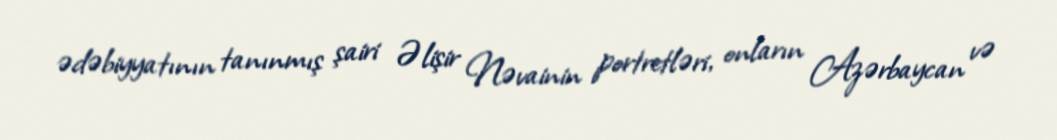
ədəbiyyatının tanınmış şairi Əlişir Nəvainin portretləri, onların Azərbaycan və